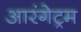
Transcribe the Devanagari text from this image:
आरंगेट्रम